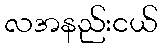
လအနည်းငယ်